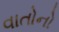
વાતોનો